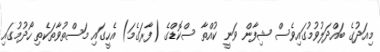
މިއަދުގެ ބައްދަލުވުމުގައިވެސް ޝިފާން ވަނީ ކުއްތާ ސްކޮޑްގެ (ފާރަގެމަ) އެހީގައި މަސްތުވާތަކެތި ހޯދުމުގައި